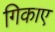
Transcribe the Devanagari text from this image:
गिकाए